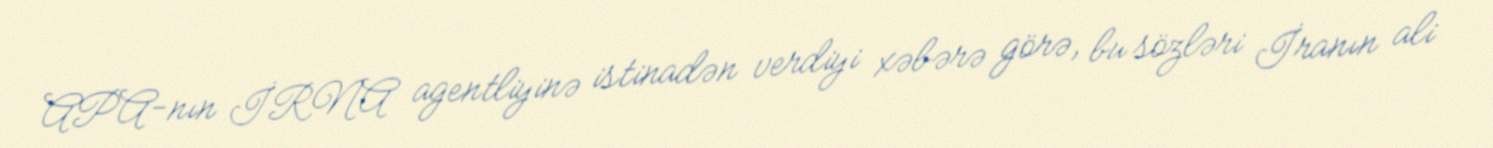
APA-nın İRNA agentliyinə istinadən verdiyi xəbərə görə, bu sözləri İranın ali